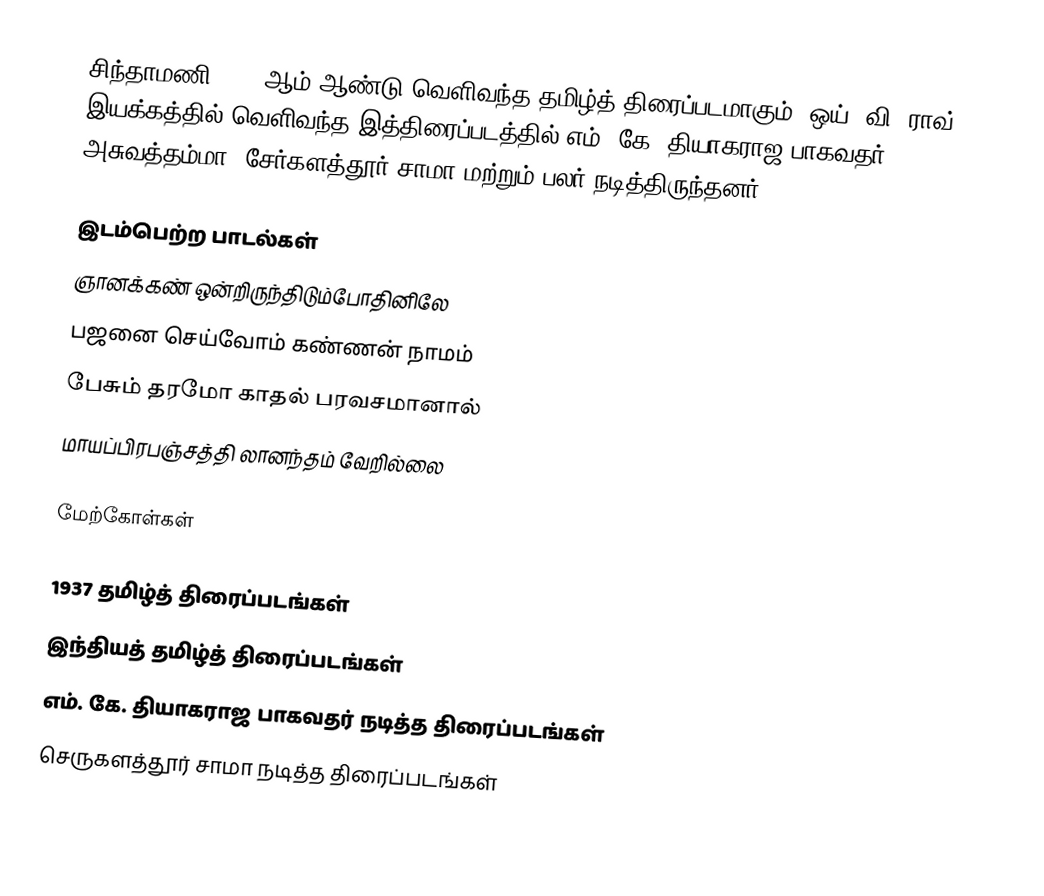
சிந்தாமணி 1937 ஆம் ஆண்டு வெளிவந்த தமிழ்த் திரைப்படமாகும். ஒய். வி. ராவ் இயக்கத்தில் வெளிவந்த இத்திரைப்படத்தில் எம். கே. தியாகராஜ பாகவதர், அசுவத்தம்மா, சேர்களத்தூர் சாமா மற்றும் பலர் நடித்திருந்தனர்.

இடம்பெற்ற பாடல்கள்
 ஞானக்கண் ஒன்றிருந்திடும்போதினிலே
 பஜனை செய்வோம் கண்ணன் நாமம்
 பேசும் தரமோ காதல் பரவசமானால்
 மாயப்பிரபஞ்சத்தி லானந்தம் வேறில்லை

மேற்கோள்கள்

1937 தமிழ்த் திரைப்படங்கள்
இந்தியத் தமிழ்த் திரைப்படங்கள்
எம். கே. தியாகராஜ பாகவதர் நடித்த திரைப்படங்கள்
செருகளத்தூர் சாமா நடித்த திரைப்படங்கள்